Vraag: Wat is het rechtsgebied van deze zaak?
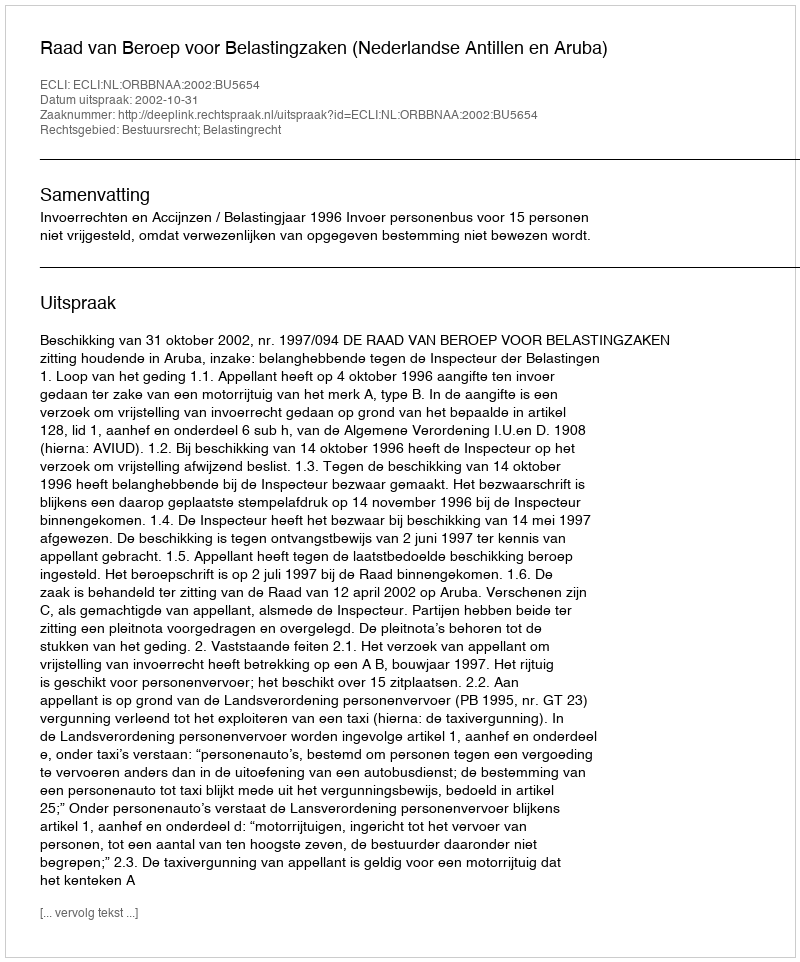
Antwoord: Bestuursrecht; Belastingrecht